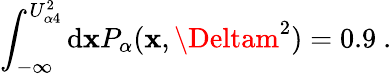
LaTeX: \int_{-\infty}^{U_{\alpha4}^{2}}\mathrm{d}\mathbf{x}P_{\alpha}(\mathbf{x},\Deltam^{2})=0.9~.